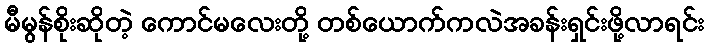
မီမွန်စိုးဆိုတဲ့ ကောင်မလေးတို့ တစ်ယောက်ကလဲအခန်းရှင်းဖို့လာရင်း